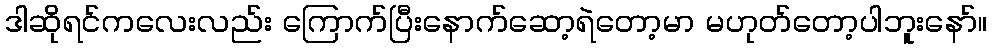
ဒါဆိုရင်ကလေးလည်း ကြောက်ပြီးနောက်ဆော့ရဲတော့မာ မဟုတ်တော့ပါဘူးနော်။